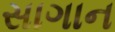
સાગાન